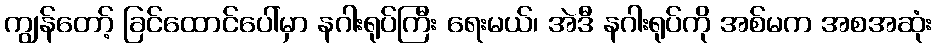
ကျွန်တော့် ခြင်ထောင်ပေါ်မှာ နဂါးရုပ်ကြီး ရေးမယ်၊ အဲဒီ နဂါးရုပ်ကို အစ်မက အစအဆုံး